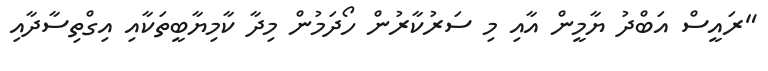
"ރައީސް އަބްދު ޔާމީން އާއި މި ސަރުކާރުން ހޯދަމުން މިދާ ކާމިޔާބީތަކާއި އިގްތިސާދާއި